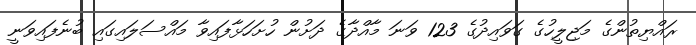
ރައްޔިތުންގެ މަޖިލީހުގެ ގަވައިދުގެ 123 ވަނަ މާއްދާގެ ދަށުން ހުށަހަޅާފައިވާ މައްސަލައިގައި ބުނެފައިވަނީ